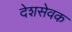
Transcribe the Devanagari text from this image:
देशसेवक